system: You are a helpful assistant.
user:
Analyze the provided spectrum to determine if it is a **White Dwarf (WD)**.

A White Dwarf spectrum is defined by its **extreme purity** (due to gravitational settling) and/or **extreme pressure broadening** (due to high surface gravity). You must check for one of the following mutually exclusive signatures:

- **Key Visual Indicators (Check for ONE of these types):**

    - **1. DA-Type Signature (Most Common):**
        - **(Primary Feature):** Extreme pressure broadening (Stark broadening) of the **Hydrogen (H) Balmer lines**.
        - **(Key Lines):** $H\beta$ (approx. $4861$ Å) and $H\gamma$ (approx. $4340$ Å). $H\alpha$ (approx. $6563$ Å) will also be present if the wavelength range covers it.
        - **(Line Profile):** This is the **defining feature**. The lines are **NOT** sharp. They appear as massive, **extremely broad and deep "troughs" or "dips"** in the spectrum, often hundreds of Ångströms wide. The continuum will appear to "scoop" down at these wavelengths.
        - **(Distinction):** Normal A-type or B-type stars have *narrow* and *sharp* Hydrogen lines. A DA White Dwarf's lines are unmistakably "smeared" or "blurry" from pressure.

    - **2. DB-Type Signature:**
        - **(Primary Feature):** Broad absorption lines from **Neutral Helium (He I)**. The spectrum must lack any visible Hydrogen lines.
        - **(Key Lines):** Look for broad absorption near $4471$ Å, $4921$ Å, and $5876$ Å.
        - **(Line Profile):** These lines are also significantly pressure-broadened, appearing much wider than they would in a normal B-type main-sequence star.

    - **3. DC-Type Signature:**
        - **(Primary Feature):** A **featureless continuous spectrum**.
        - **(Line Profile):** The spectrum is a smooth curve with **no significant absorption or emission lines**.
        - **(Key Confirmation):** The continuum is almost always **blue or white**, indicating a hot object. This signature implies the atmosphere is so pure (or so cool) that no spectral lines are visible in the optical range. Its WD identity is confirmed by its extremely low intrinsic brightness (high absolute magnitude).

    - **4. DZ-Type Signature (Metal-Polluted):**
        - **(Primary Feature):** **Isolated, narrow metal absorption lines** on an otherwise featureless (DC-like) continuum.
        - **(Key Lines):** The **Calcium (Ca II) H & K doublet** (approx. **$3934$ Å** and **$3968$ Å**) is the most common and defining feature.
        - **(Line Profile):** These lines are "out of place." They are *not* part of a "forest" of thousands of lines. This signature is evidence of recent *accretion* (pollution) from rocky debris.
        - **(Distinction):** Normal G/K/M stars have a *dense forest* of thousands of metal lines. A DZ has a *clean* continuum with *only a few* strong metal lines.

    - **5. DQ-Type Signature (Carbon-Polluted):**
        - **(Primary Feature):** Absorption bands from **Carbon (C₂ "Swan Bands" or atomic C I)**.
        - **(Key Lines - C₂):** Look for bandheads with a "saw-tooth" shape near $5635$ Å, **$5165$ Å** (strongest), and $4737$ Å.
        - **(Key Confirmation):** The underlying **continuum must be blue or white** (hot).
        - **(Distinction):** This is the critical difference from a **Carbon Star**, which has the *exact same* C₂ bands but on an extremely **red, cool** continuum.

- **(Overall Spectrum):**
    - The continuum (overall shape) is typically **blue-sloping** (brighter in the blue than the red), as most white dwarfs are very hot.
    - The spectrum will look "pure" or "simple," dominated by only *one* of the five signatures listed above.

Think first, call **spectral_visualization_tool** if needed to examine features in detail, then provide your final answer. Your response must adhere to the following strict rules:
1.  **Overall Structure:** Your response must follow the format `<think>...</think> <tool_call>...</tool_call> (if a tool is used) <answer>...</answer>`.
2.  **Tool Usage Constraint:** You may only make **one** tool call per turn.
3.  **Final Answer Format:** In the `<answer>` tag, your conclusion must be inside a `\boxed{}` command (e.g., `\boxed{YES}` or `\boxed{NO}`), followed by your justification.

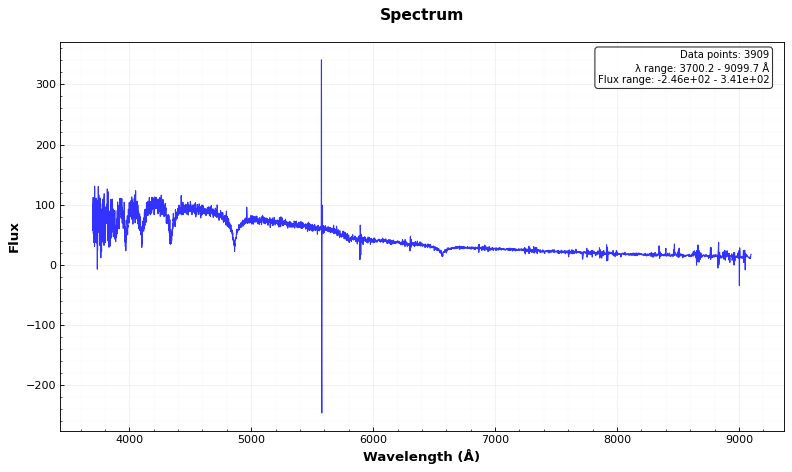
Answer: YES